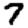
Digit: 7